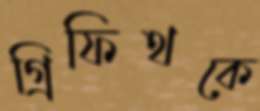
গ্রিফিথকে